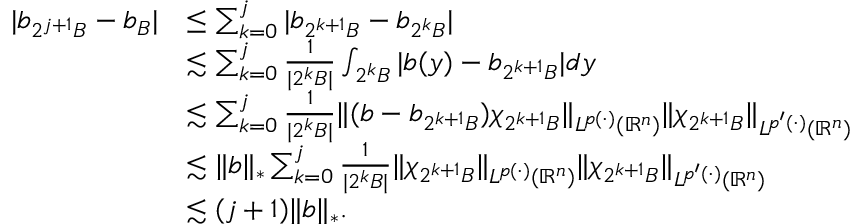
\begin{array} { r l } { | b _ { 2 ^ { j + 1 } B } - b _ { B } | } & { \leq \sum _ { k = 0 } ^ { j } | b _ { 2 ^ { k + 1 } B } - b _ { 2 ^ { k } B } | } \\ & { \lesssim \sum _ { k = 0 } ^ { j } \frac { 1 } { | 2 ^ { k } B | } \int _ { 2 ^ { k } B } | b ( y ) - b _ { 2 ^ { k + 1 } B } | d y } \\ & { \lesssim \sum _ { k = 0 } ^ { j } \frac { 1 } { | 2 ^ { k } B | } \| ( b - b _ { 2 ^ { k + 1 } B } ) \chi _ { 2 ^ { k + 1 } B } \| _ { L ^ { p ( \cdot ) } ( \mathbb { R } ^ { n } ) } \| \chi _ { 2 ^ { k + 1 } B } \| _ { L ^ { p ^ { \prime } ( \cdot ) } ( \mathbb { R } ^ { n } ) } } \\ & { \lesssim \| b \| _ { * } \sum _ { k = 0 } ^ { j } \frac { 1 } { | 2 ^ { k } B | } \| \chi _ { 2 ^ { k + 1 } B } \| _ { L ^ { p ( \cdot ) } ( \mathbb { R } ^ { n } ) } \| \chi _ { 2 ^ { k + 1 } B } \| _ { L ^ { p ^ { \prime } ( \cdot ) } ( \mathbb { R } ^ { n } ) } } \\ & { \lesssim ( j + 1 ) \| b \| _ { * } . } \end{array}